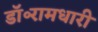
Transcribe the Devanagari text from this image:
डॉ॰रामधारी